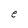
Character: e